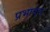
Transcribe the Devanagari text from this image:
प्रभावन